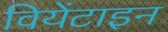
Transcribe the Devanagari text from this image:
वियेंटाइन